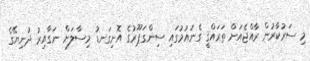
މި ސަރުކާރުން ރާއްޖެއަށް ތަރައްޤީ ގެނައުމުގައި ސިންގަޕޫރުގެ އޮނިގަނޑު މިސާލަށް ނަގާއިރު ދުނިޔޭގެ